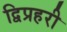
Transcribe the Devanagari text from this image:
द्विप्रहरी